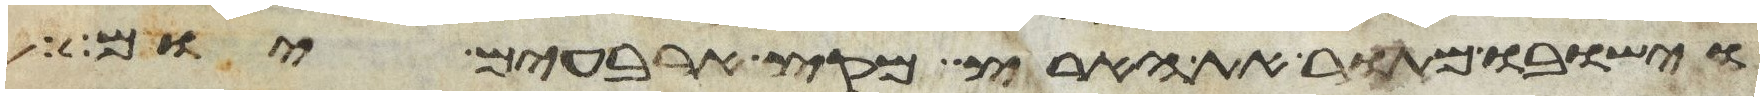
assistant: וישבו מתור את הארץ מקץ ארבעים יום